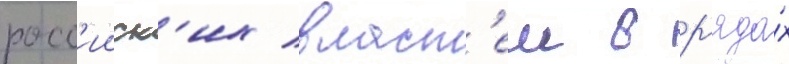
росс'ииск'их власт'еи в р'яда́х